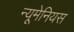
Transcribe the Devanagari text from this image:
न्यूमेनियस